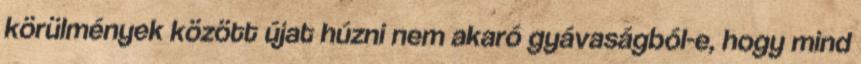
körülmények között újat húzni nem akaró gyávaságból-e, hogy mind